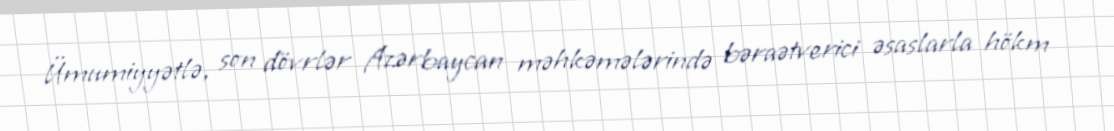
Ümumiyyətlə, son dövrlər Azərbaycan məhkəmələrində bəraətverici əsaslarla hökm